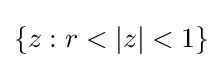
\{z:r<|z|<1\}